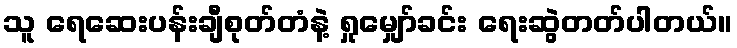
သူ ရေဆေးပန်းချီစုတ်တံနဲ့ ရှုမျှော်ခင်း ရေးဆွဲတတ်ပါတယ်။